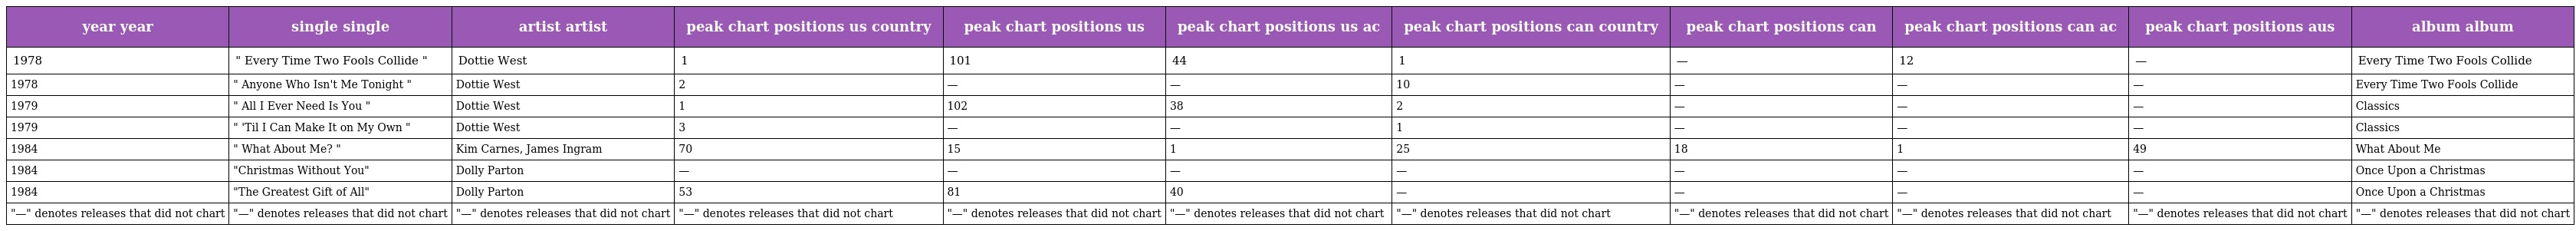
| year year | single single | artist artist | peak chart positions us country | peak chart positions us | peak chart positions us ac | peak chart positions can country | peak chart positions can | peak chart positions can ac | peak chart positions aus | album album |
 | --- | --- | --- | --- | --- | --- | --- | --- | --- | --- | --- |
 | 1978 | " Every Time Two Fools Collide " | Dottie West | 1 | 101 | 44 | 1 | — | 12 | — | Every Time Two Fools Collide |
 | 1978 | " Anyone Who Isn't Me Tonight " | Dottie West | 2 | — | — | 10 | — | — | — | Every Time Two Fools Collide |
 | 1979 | " All I Ever Need Is You " | Dottie West | 1 | 102 | 38 | 2 | — | — | — | Classics |
 | 1979 | " 'Til I Can Make It on My Own " | Dottie West | 3 | — | — | 1 | — | — | — | Classics |
 | 1984 | " What About Me? " | Kim Carnes, James Ingram | 70 | 15 | 1 | 25 | 18 | 1 | 49 | What About Me |
 | 1984 | "Christmas Without You" | Dolly Parton | — | — | — | — | — | — | — | Once Upon a Christmas |
 | 1984 | "The Greatest Gift of All" | Dolly Parton | 53 | 81 | 40 | — | — | — | — | Once Upon a Christmas |
 | "—" denotes releases that did not chart | "—" denotes releases that did not chart | "—" denotes releases that did not chart | "—" denotes releases that did not chart | "—" denotes releases that did not chart | "—" denotes releases that did not chart | "—" denotes releases that did not chart | "—" denotes releases that did not chart | "—" denotes releases that did not chart | "—" denotes releases that did not chart | "—" denotes releases that did not chart |